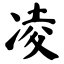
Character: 凌